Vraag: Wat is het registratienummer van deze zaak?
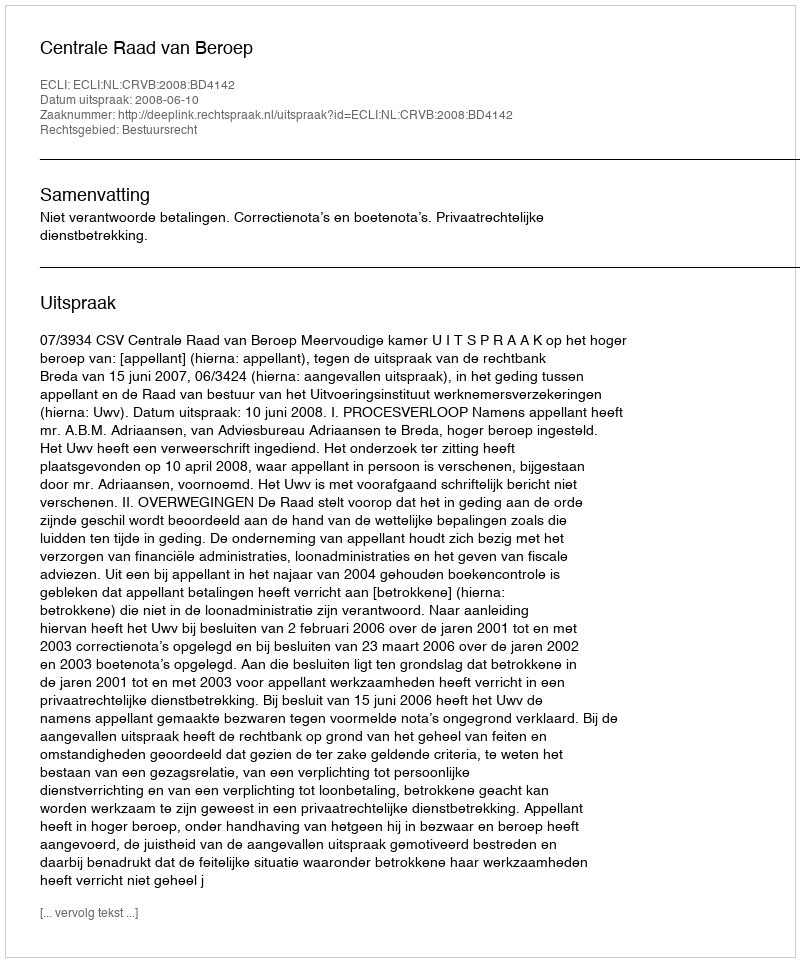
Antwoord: http://deeplink.rechtspraak.nl/uitspraak?id=ECLI:NL:CRVB:2008:BD4142